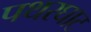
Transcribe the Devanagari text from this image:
पथरघाट